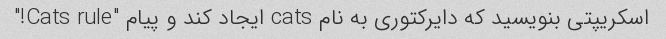
اسکریپتی بنویسید که دایرکتوری به نام cats ایجاد کند و پیام "Cats rule!"